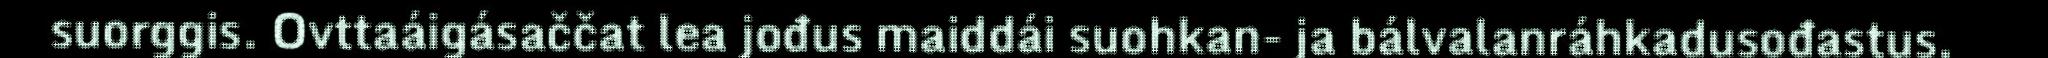
suorggis. Ovttaáigásaččat lea jođus maiddái suohkan- ja bálvalanráhkadusođastus,